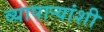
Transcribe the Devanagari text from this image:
व्यापार्‍यांशी